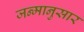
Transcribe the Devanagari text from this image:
जन्मानुसार